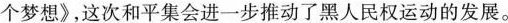
个梦想》，这次和平集会进一步推动了黑人民权运动的发展。